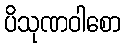
ပိသုဏဝါစော